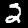
Digit: 2